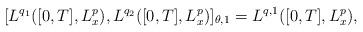
LaTeX: \begin{align*}[L^{q_1}([0,T],L^p_x), L^{q_2}([0,T],L^p_x)]_{\theta, 1}=L^{q,1}([0,T],L^p_x),\end{align*}